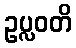
ဥပ္လဝတိ